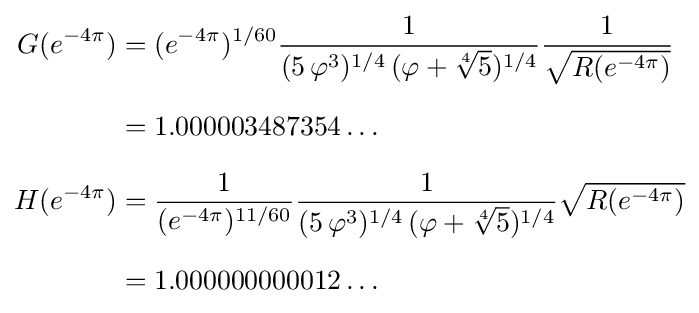
{\begin{aligned}G(e^{-4\pi })&=(e^{-4\pi })^{1/60}{\frac {1}{(5\,\varphi ^{3})^{1/4}\,(\varphi +{\sqrt[{4}]{5}})^{1/4}}}{\frac {1}{\sqrt {R(e^{-4\pi })}}}\\[6pt]&=1.000003487354\dots \\[6pt]H(e^{-4\pi })&={\frac {1}{(e^{-4\pi })^{11/60}}}{\frac {1}{(5\,\varphi ^{3})^{1/4}\,(\varphi +{\sqrt[{4}]{5}})^{1/4}}}{\sqrt {R(e^{-4\pi })}}\\[6pt]&=1.000000000012\dots \end{aligned}}